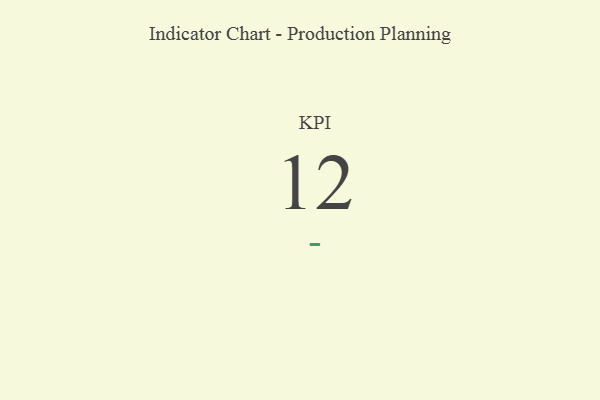
{"axis": {"x": "KPI", "y": "Value"}, "legend": [""], "data": [{"x": "KPI", "y": 12, "type": ""}]}